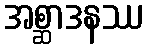
အစ္ဆာဒနဿ